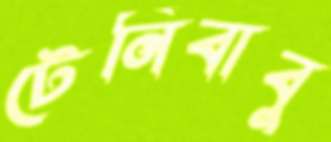
টেনিবাবু